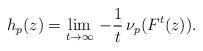
LaTeX: \begin{align*}h_p(z)=\lim_{t\to\infty}\, -\frac{1}{t}\,\nu_p(F^t(z)).\end{align*}